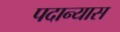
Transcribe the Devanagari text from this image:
पदान्यास